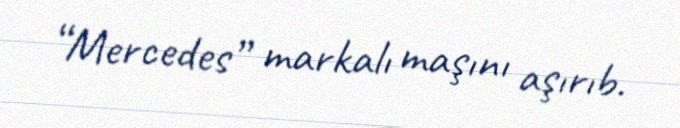
“Mercedes” markalı maşını aşırıb.